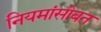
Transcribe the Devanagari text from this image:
नियमांसोबत